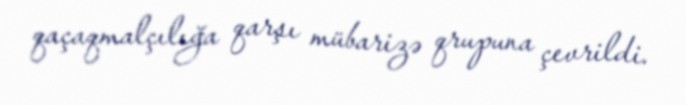
qaçaqmalçılığa qarşı mübarizə qrupuna çevrildi.